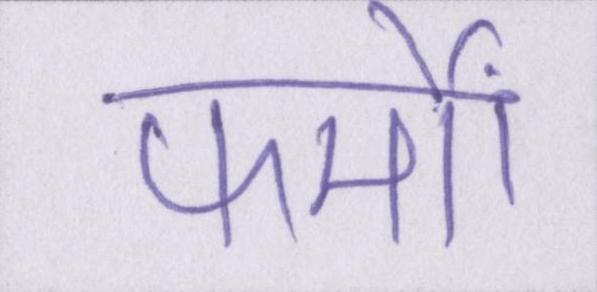
फर्मों